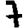
Digit: 7